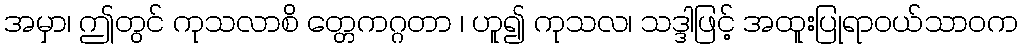
အမှာ၊ ဤတွင် ကုသလာစိ တ္တေကဂ္ဂတာ ၊ ဟူ၍ ကုသလ၊ သဒ္ဒါဖြင့် အထူးပြုရာဝယ်သာဝက